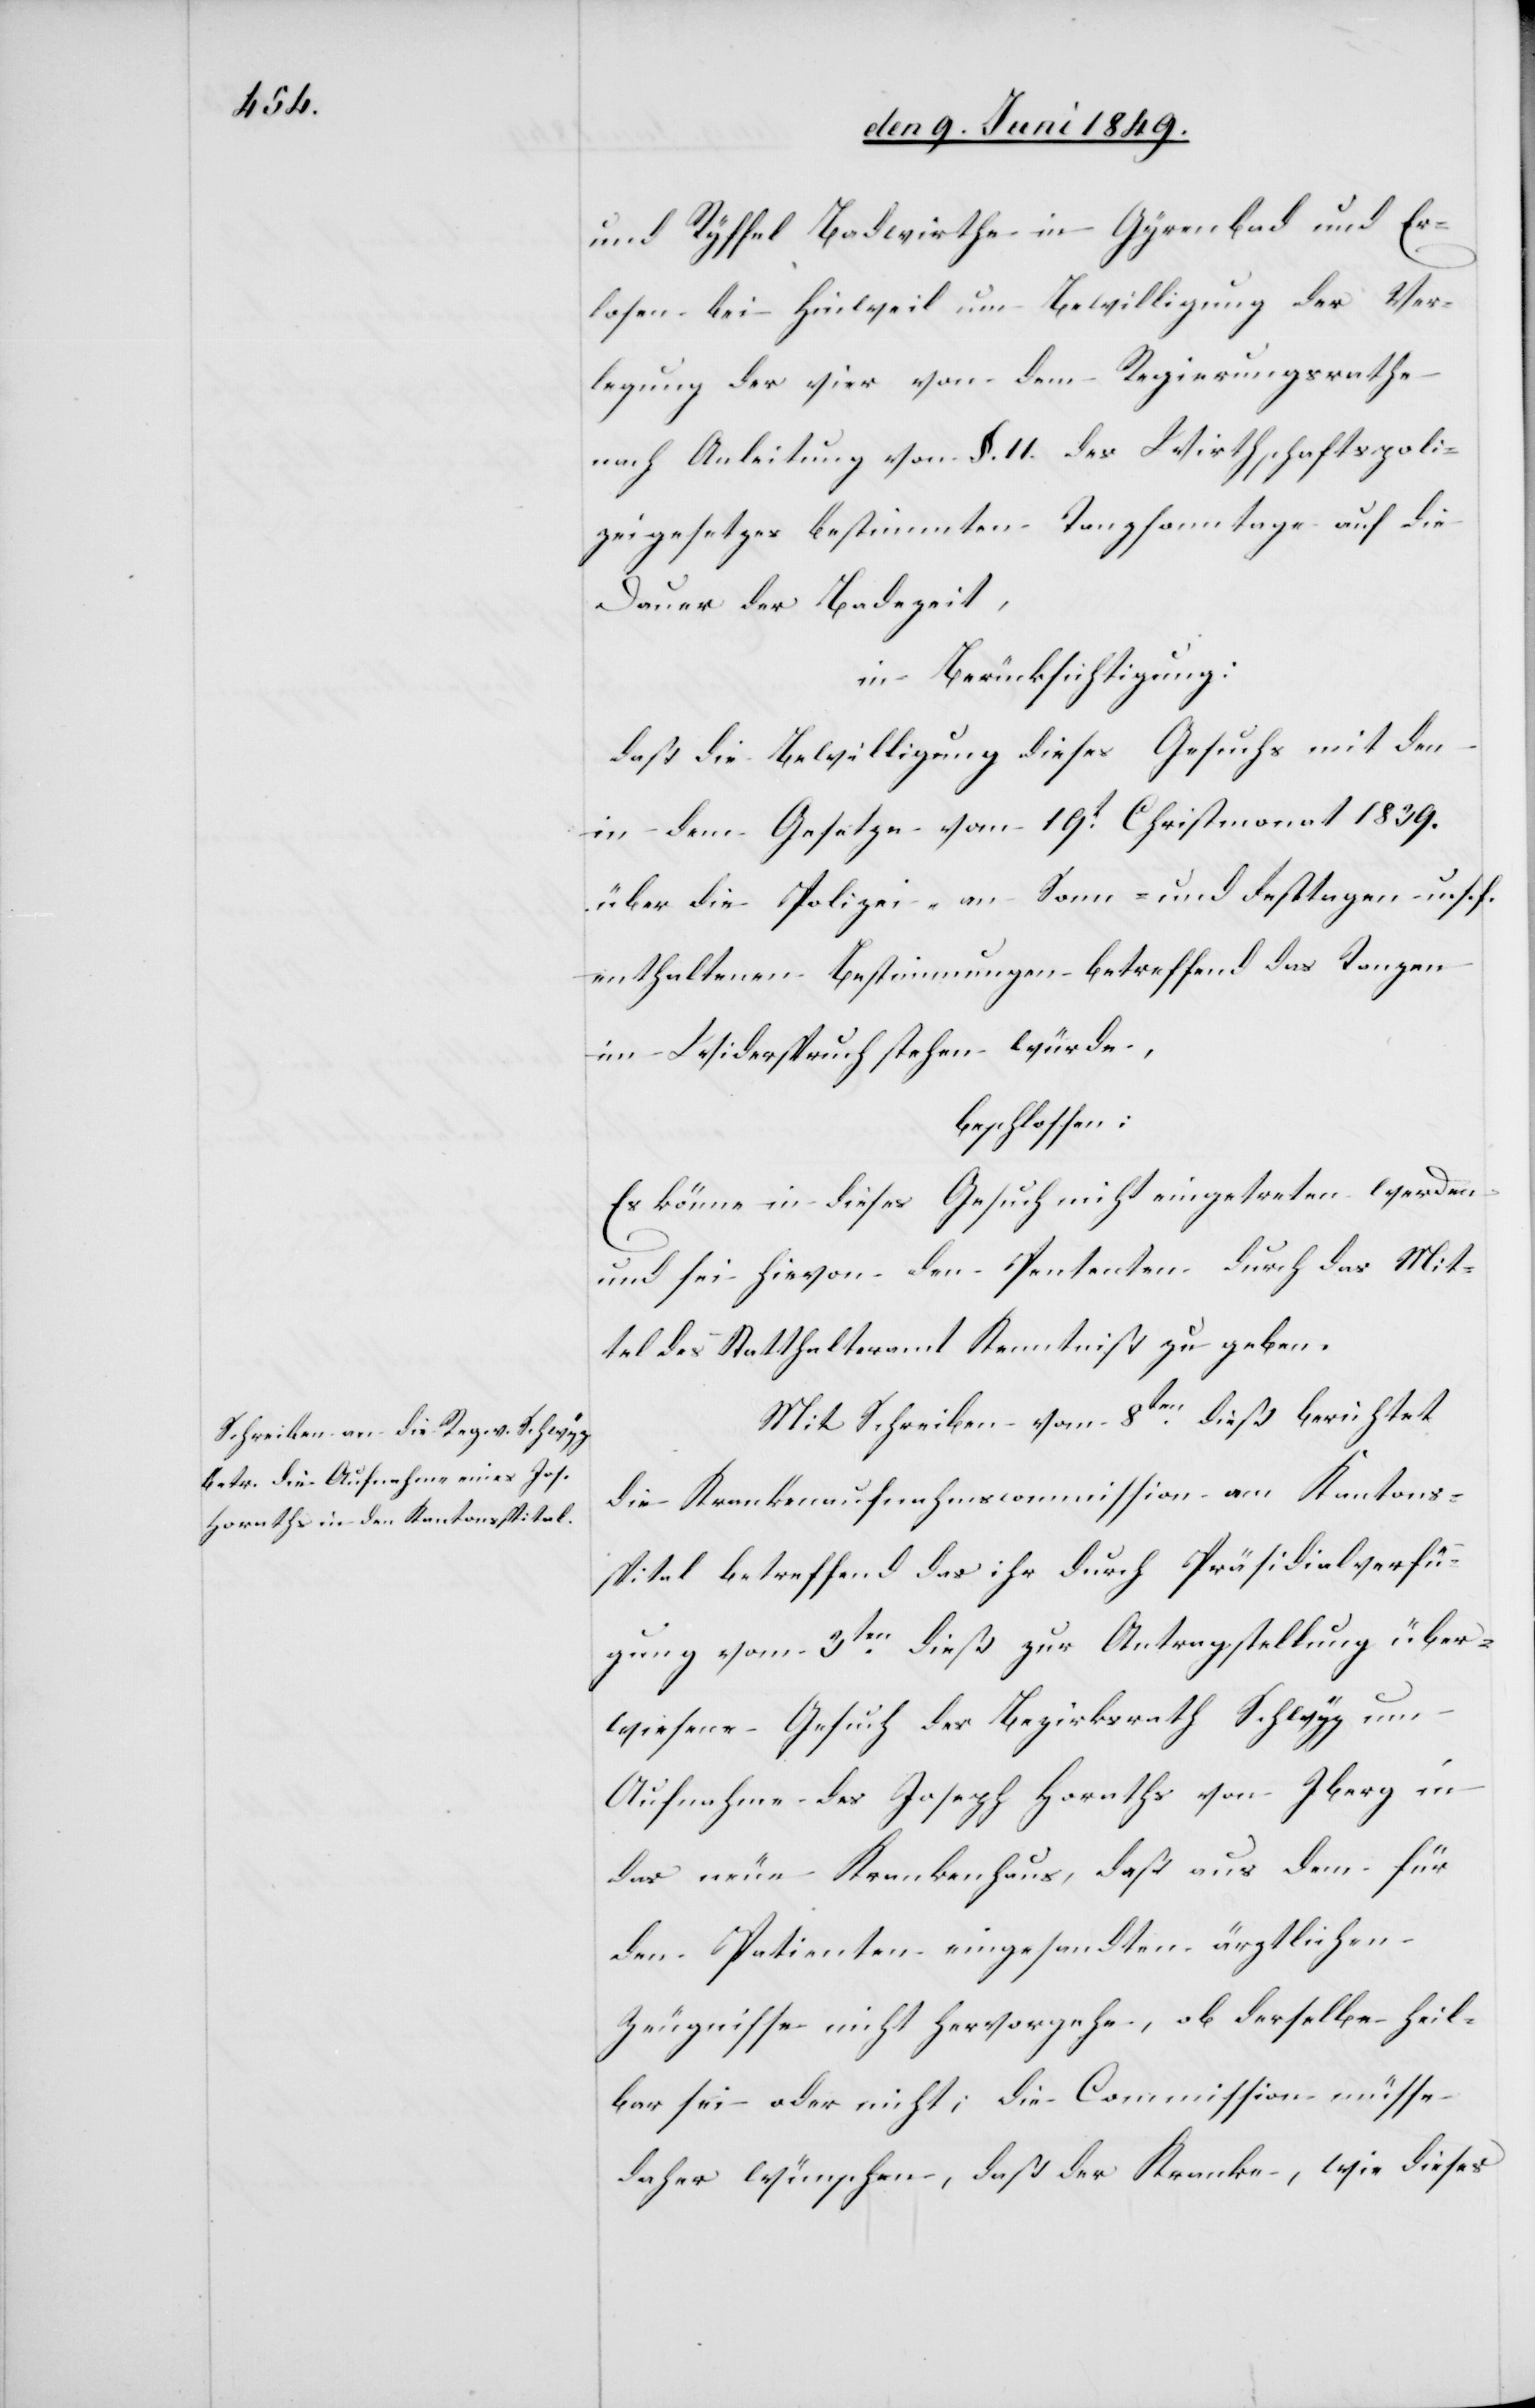
und Ryffel Badwirthe in Gyrenbad und Er¬
losen bei Hinweil um Bewilligung der Ver¬
legung der vier von dem Regierungsrathe
nach Anleitung von §. 11. des Wirthschaftspoli¬
zeigesetzes bestimmten Tanzsonntage auf die
Dauer der Badezeit,
in Berücksichtigung:
daß die Bewilligung dieses Gesuchs mit den
in dem Gesetze vom 19t Christmonat 1839.
über die Polizei – an Sonn- und Festtagen u. s. f.
enthaltenen Bestimmungen betreffend das Tanzen
im Widerspruch stehen würde,
beschlossen:
Es könne in dieses Gesuch nicht eingetreten werden
und sei hievon den Petenten durch das Mit¬
tel des Statthalteramtes Kenntniß zu geben.
Mit Schreiben vom 8ten dieß berichtet
die Krankenaufnahmscommission am Kantons¬
spital betreffend das ihr durch Präsidialverfü¬
gung vom 3ten dieß zur Antragstellung über¬
wiesene Gesuch des Bezirksrath Schwyz um
Aufnahme des Joseph Horaths von Iberg in
das neue Krankenhaus, daß aus dem für
den Patienten eingesandten ärztlichen
Zeugnisse nicht hervorgehe, ob derselbe heil¬
bar sei oder nicht, die Commission müsse
daher wünschen, daß der Kranke, wie dieses